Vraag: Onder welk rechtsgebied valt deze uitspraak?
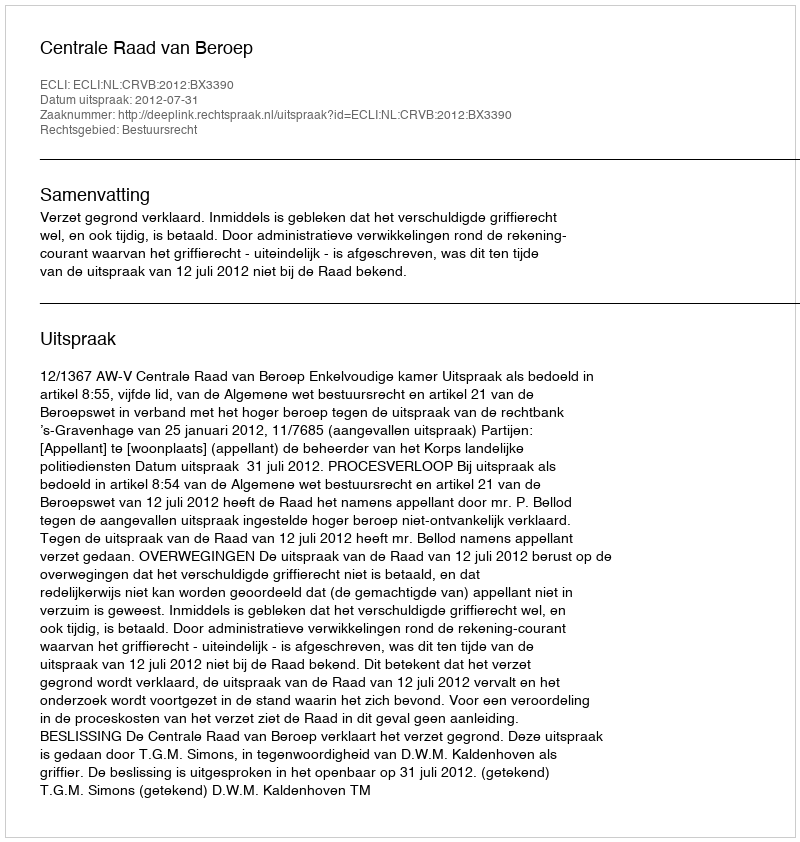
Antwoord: Bestuursrecht